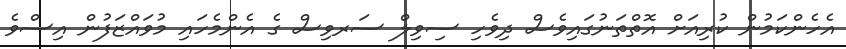
އެހެންކަމުން ކުރިއަށް އޮތްތަނުގައިވެސް ދިވެހި ސިވިލް ސަރވިސް ގެ އެންމެހައި މުވައްޒަފުން އިސްވެ